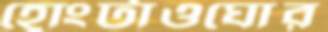
হোংটাওঘোর